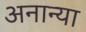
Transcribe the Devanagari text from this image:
अनान्या